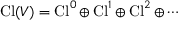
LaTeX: \operatorname { C l } ( V ) = \operatorname { C l } ^ { 0 } \oplus \operatorname { C l } ^ { 1 } \oplus \operatorname { C l } ^ { 2 } \oplus \cdots